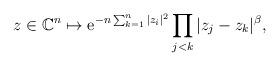
LaTeX: \begin{align*} z\in\mathbb{C}^n\mapsto\mathrm{e}^{-n\sum_{k=1}^n|z_i|^2}\prod_{j<k}|z_j-z_k|^\beta,\end{align*}